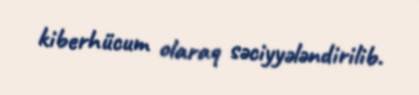
kiberhücum olaraq səciyyələndirilib.